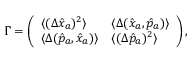
\begin{array} { r } { \Gamma = \left( \begin{array} { l l } { \langle ( \Delta \hat { x } _ { a } ) ^ { 2 } \rangle } & { \langle \Delta ( \hat { x } _ { a } , \hat { p } _ { a } ) \rangle } \\ { \langle \Delta ( \hat { p } _ { a } , \hat { x } _ { a } ) \rangle } & { \langle ( \Delta \hat { p } _ { a } ) ^ { 2 } \rangle } \end{array} \right) , } \end{array}